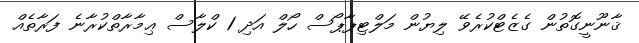
ޤާނޫނީގޮތުން ގެޒެޓްކުރެވޭ ލިޔުން މަލްޓިޕާޕޯސް ހޯލް އަދި 1 ކްލާސް ޢިމާރާތްކުރާނެ ފަރާތެއް